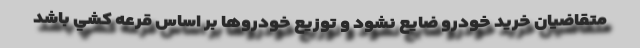
متقاضيان خريد خودرو ضایع نشود و توزيع خودروها بر اساس قرعه كشي باشد